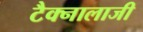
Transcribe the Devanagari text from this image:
टैक्नालाजी